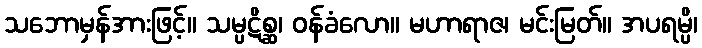
သဘောမှန်အားဖြင့်။ သမ္ပဋိစ္ဆ၊ ဝန်ခံလော။ မဟာရာဇ၊ မင်းမြတ်။ အပရမ္ပိ၊